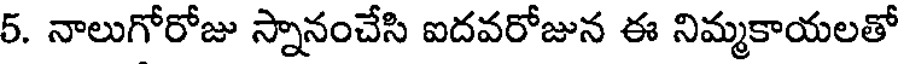
5. నాలుగోరోజు స్నానంచేసి ఐదవరోజున ఈ నిమ్మకాయలతో